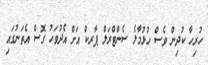
ހުރިހާ ކުދިން ވެސް ހުޅުމާލެ ސެންޓްރަލް ޕާރކް އަށް އެދުވަހު ގޮސް އެތަނުގައި